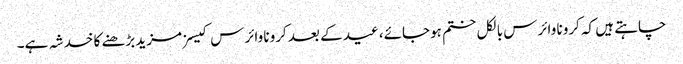
چاہتے ہیں کہ کرونا وائرس بالکل ختم ہوجائے، عید کے بعد کرونا وائرس کیسز مزید بڑھنے کا خدشہ ہے۔